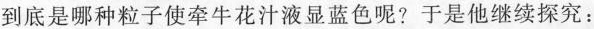
到底是哪种粒子使牵牛花汁液显蓝色呢?于是他继续探究：